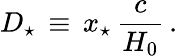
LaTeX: D_{\star}\, \equiv\, x_{\star}\, \frac{c}{H_{0}}\, .